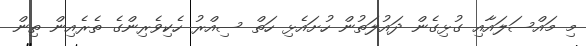
މި މައްސަލައާއި ގުޅިގެން ދައުލަތުން ހުށައެޅި ހަތް ސިއްރު ހެކިވެރިންގެ ތެރެއިން ތިން